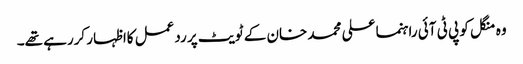
وہ منگل کو پی ٹی آئی راہنما علی محمد خان کے ٹویٹ پر ردعمل کااظہار کررہے تھے۔